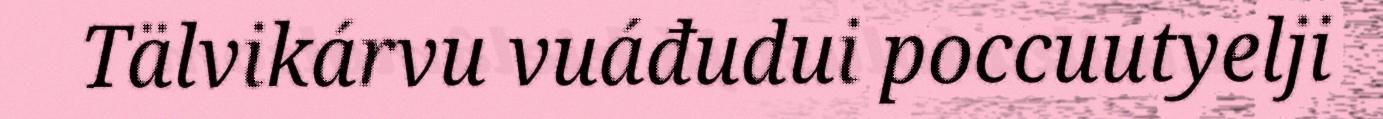
Tälvikárvu vuáđudui poccuutyelji